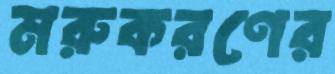
মরুকরণের